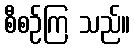
စီစဉ်ကြ သည်။